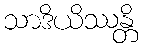
သာဒိယိဿန္တိ